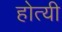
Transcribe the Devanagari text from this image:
होत्यी